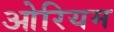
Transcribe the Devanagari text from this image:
ओरियम